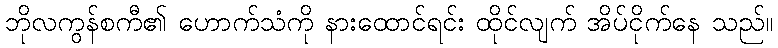
ဘိုလကွန်စကီ၏ ဟောက်သံကို နားထောင်ရင်း ထိုင်လျက် အိပ်ငိုက်နေ သည်။